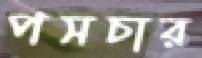
পসচার